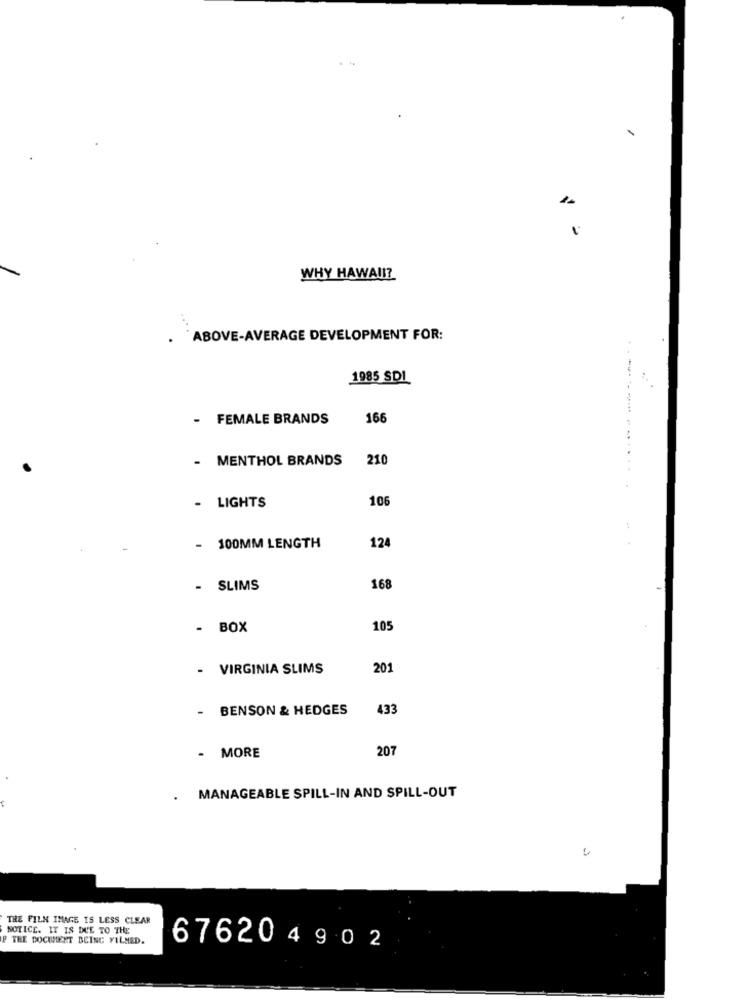
WHY HAWAII?
`ABOVE-AVERAGE DEVELOPMENT FOR:
1985 SDI
..
------
- FEMALE BRANDS
166
- MENTHOL BRANDS 210
- LIGHTS
10
- 100MM LENGTH
12
- SLIMS
168
- BOX
105
- VIRGINIA SLIMS
201
BENSON & HEDGES
433
MORE
207
.
MANAGEABLE SPILL-IN AND SPILL-OUT
3
THE FILM IMAGE IS LESS CLEAR
NOTICE. IT IS DUE TO THE
F THE DOCUMENT BEING VILMED.
676204902